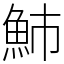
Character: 䰽